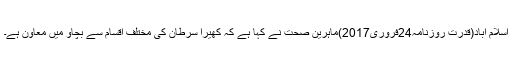
اسلام آباد(قدرت روزنامہ24فروری2017)ماہرین صحت نے کہا ہے کہ کھیرا سرطان کی مختلف اقسام سے بچاؤ میں معاون ہے۔